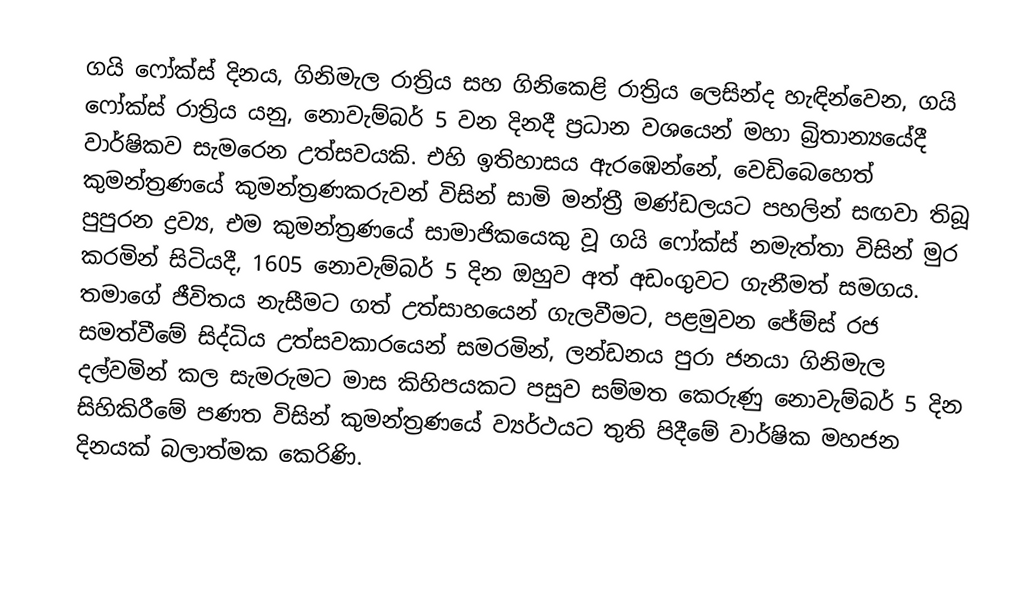
ගයි ෆෝක්ස් දිනය, ගිනිමැල රාත්‍රිය සහ ගිනිකෙළි රාත්‍රිය ලෙසින්ද හැඳින්වෙන, ගයි ෆෝක්ස් රාත්‍රිය යනු, නොවැම්බර් 5 වන දිනදී ප්‍රධාන වශයෙන් මහා බ්‍රිතාන්‍යයේදී වාර්ෂිකව සැමරෙන උත්සවයකි. එහි ඉතිහාසය ඇරඹෙන්නේ, වෙඩිබෙහෙත් කුමන්ත්‍රණයේ කුමන්ත්‍රණකරුවන් විසින් සාමි මන්ත්‍රී මණ්ඩලයට පහලින් සඟවා තිබූ පුපුරන ද්‍රව්‍ය, එම කුමන්ත්‍රණයේ සාමාජිකයෙකු වූ ගයි ෆෝක්ස් නමැත්තා විසින් මුර කරමින් සිටියදී, 1605 නොවැම්බර් 5 දින ඔහුව අත් අඩංගුවට ගැනීමත් සමගය. තමාගේ ජීවිතය නැසීමට ගත් උත්සාහයෙන් ගැලවීමට, පළමුවන ජේම්ස් රජ සමත්වීමේ සිද්ධිය උත්සවකාරයෙන් සමරමින්, ලන්ඩනය පුරා ජනයා ගිනිමැල දල්වමින් කල සැමරුමට  මාස කිහිපයකට පසුව සම්මත කෙරුණු නොවැම්බර් 5 දින සිහිකිරීමේ පණත විසින් කුමන්ත්‍රණයේ ව්‍යර්ථයට තුති පිදීමේ වාර්ෂික මහජන දිනයක් බලාත්මක කෙරිණි.